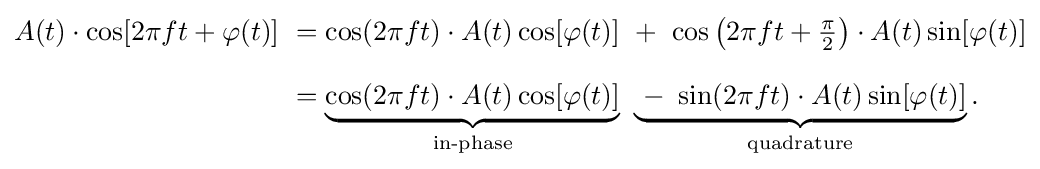
{\begin{aligned}A(t)\cdot \cos[2\pi ft+\varphi (t)]\ &=\cos(2\pi ft)\cdot A(t)\cos[\varphi (t)]\ +\ \cos \left(2\pi ft+{\tfrac {\pi }{2}}\right)\cdot A(t)\sin[\varphi (t)]\\[8pt]&=\underbrace {\cos(2\pi ft)\cdot A(t)\cos[\varphi (t)]} _{\text{in-phase}}\ \underbrace {\ -\ \sin(2\pi ft)\cdot A(t)\sin[\varphi (t)]} _{\text{quadrature}}.\end{aligned}}